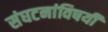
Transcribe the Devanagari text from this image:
संघटनांविषयी